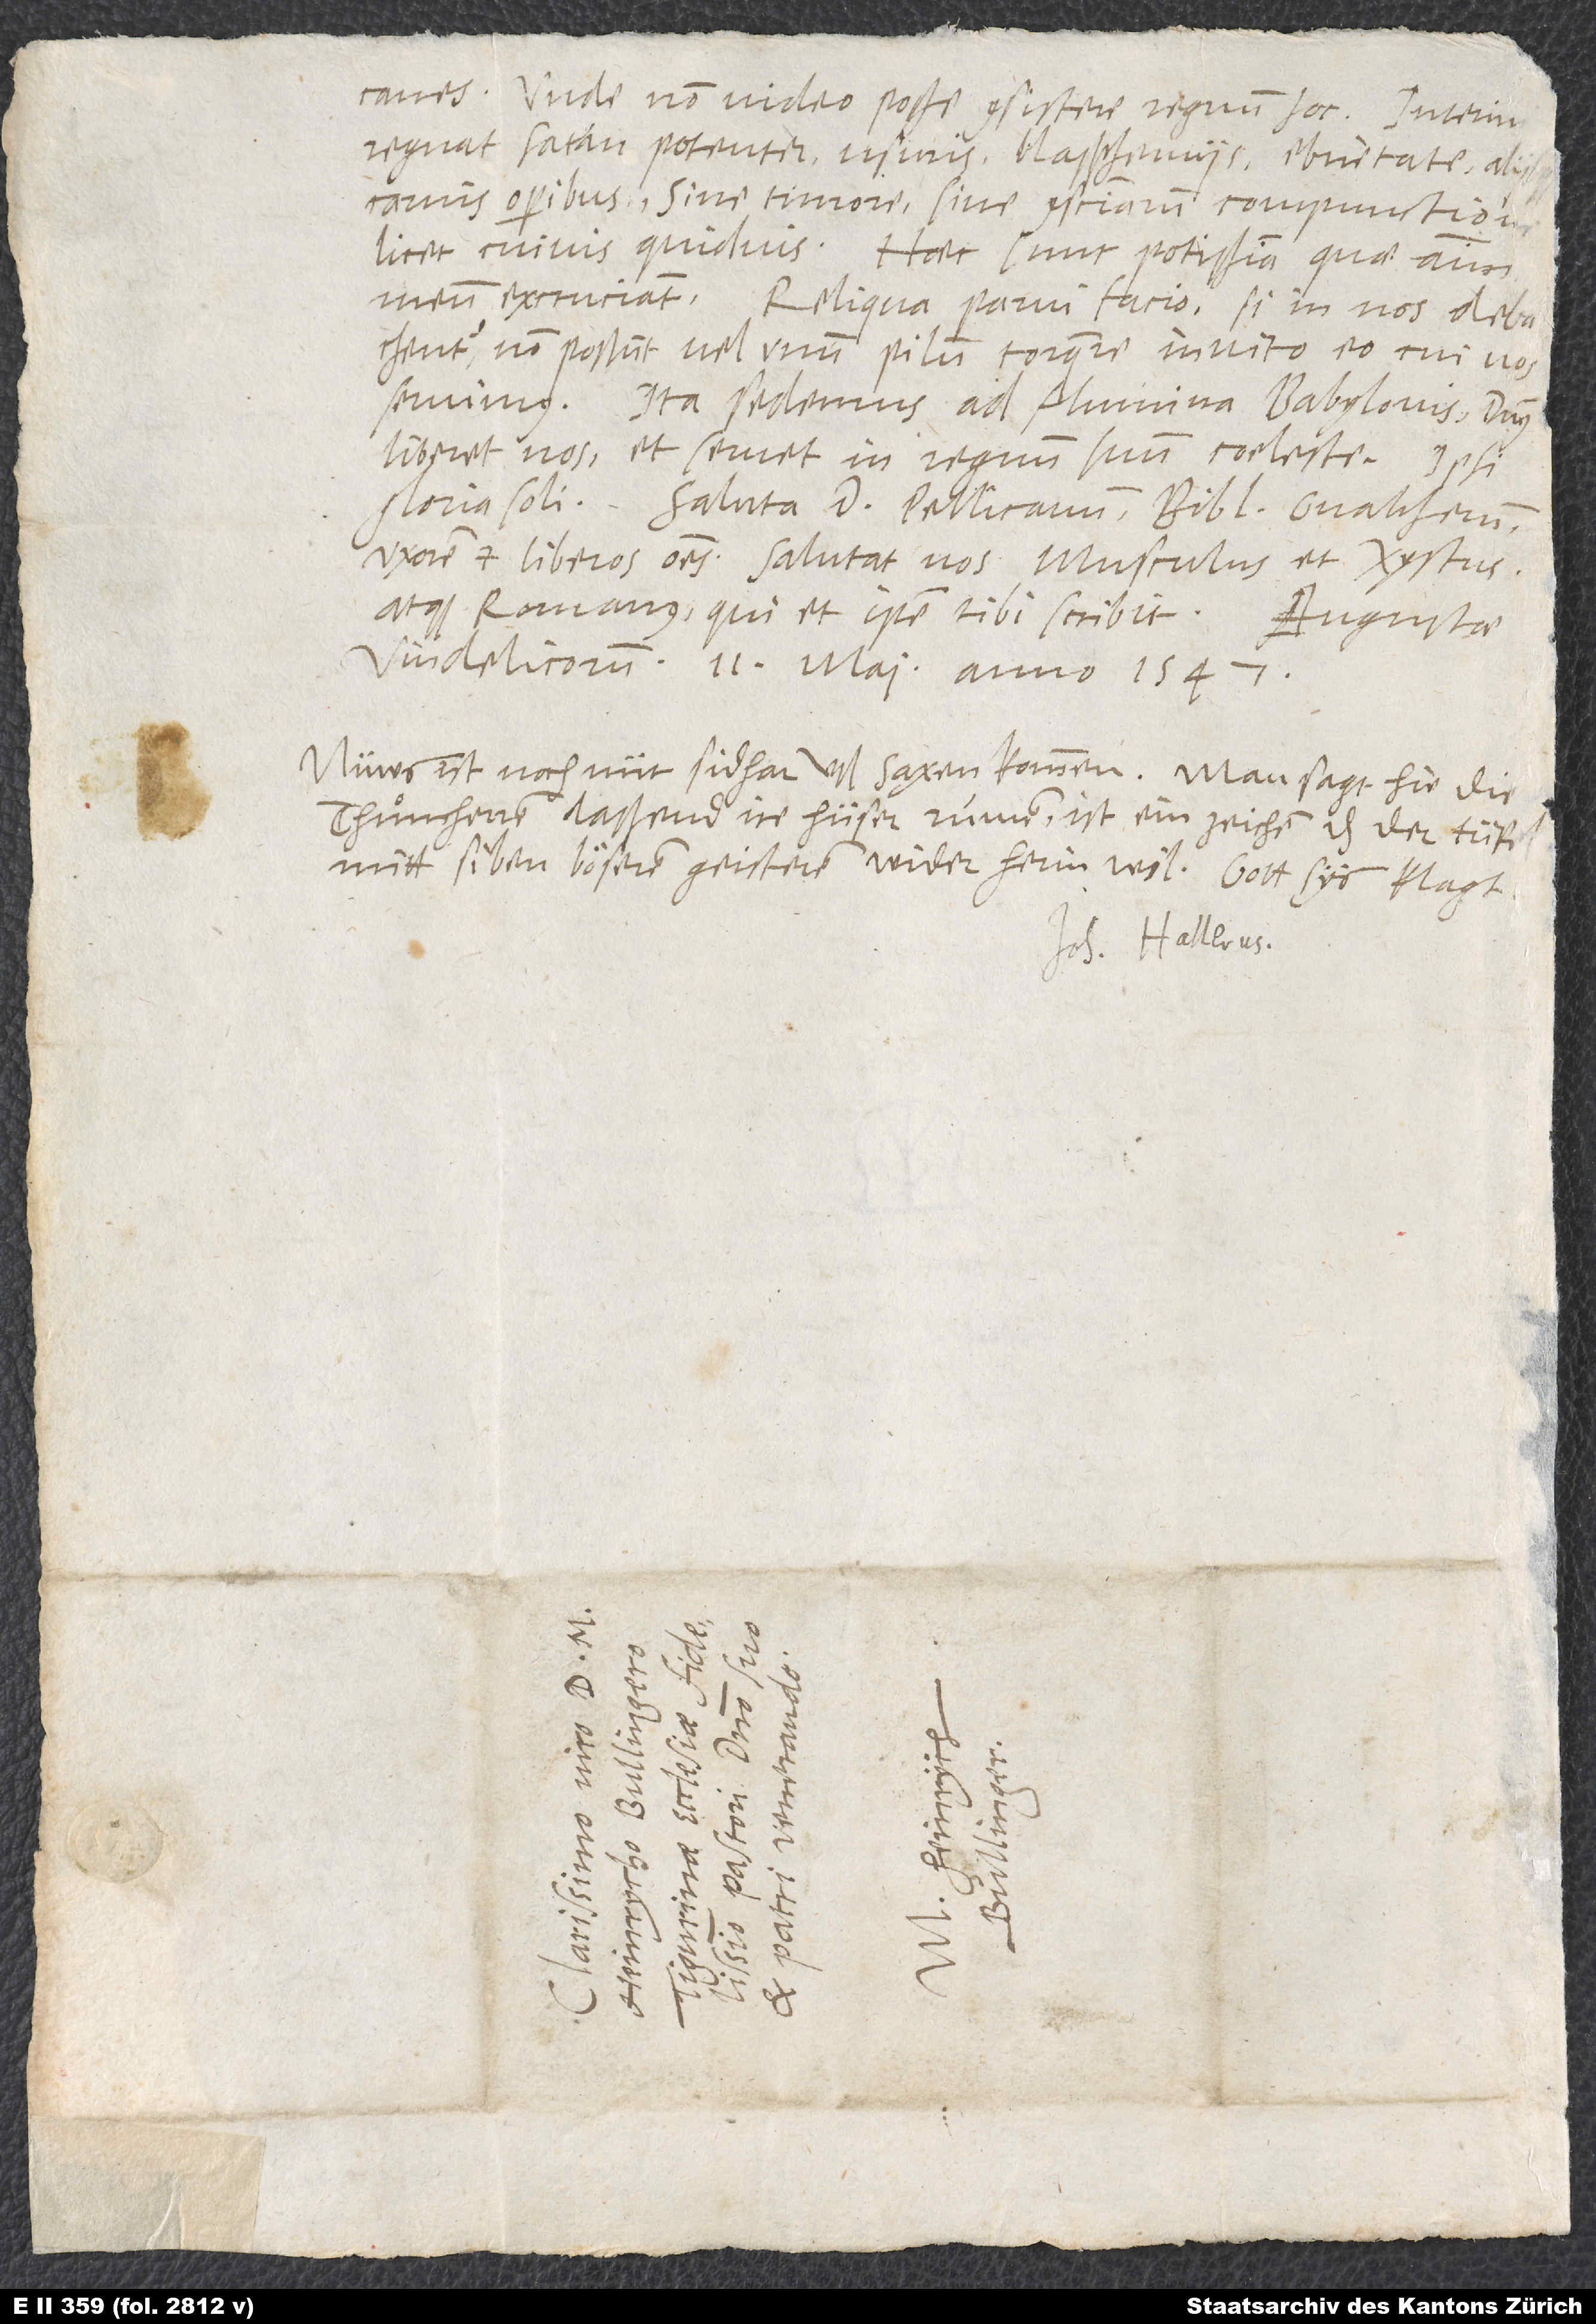
Unde non video posse consistere regnum hoc. Interim
regnat satan potenter usuris, blasphemiis, ebrietate, aliisque
carnis operibus, sine timore, sine conscientiarum compunctione.
Licet cuivis quidvis! Haec sunt potissima, quae animum
meum excruciant. Reliqua parvi facio: Si in nos debachentur,
non possunt vel unum pilum torquere invito eo, cui nos
servimus. Ita sedemus ad flumina Babylonis. Dominus
liberet nos et servet in regnum suum coeleste! Ipsi
gloria soli. Saluta d. Pellicanum, Bibliandrum, Gvaltherum,
uxorem et liberos omnes. Salutat vos Musculus et Xystus
atque Romanus, qui et ipse tibi scribit.
Augustae
Vindelicorum, 11. maii anno 1547.
Nüws ist noch nüt sidhar uß Saxen kommen. Man sagt hie, die
thuͦmherren laßend ire hüser rumen. Ist ein zeichen, das der tüfel
mitt siben böseren geisteren wider herin wil. Got sys klagt!
S.
d.